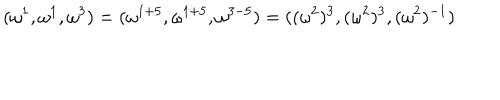
LaTeX: ( \omega ^ { 1 } , \omega ^ { 1 } , \omega ^ { 3 } ) = ( \omega ^ { 1 + 5 } , \omega ^ { 1 + 5 } , \omega ^ { 3 - 5 } ) = ( ( \omega ^ { 2 } ) ^ { 3 } , ( \omega ^ { 2 } ) ^ { 3 } , ( \omega ^ { 2 } ) ^ { - 1 } )